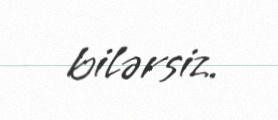
bilərsiz.